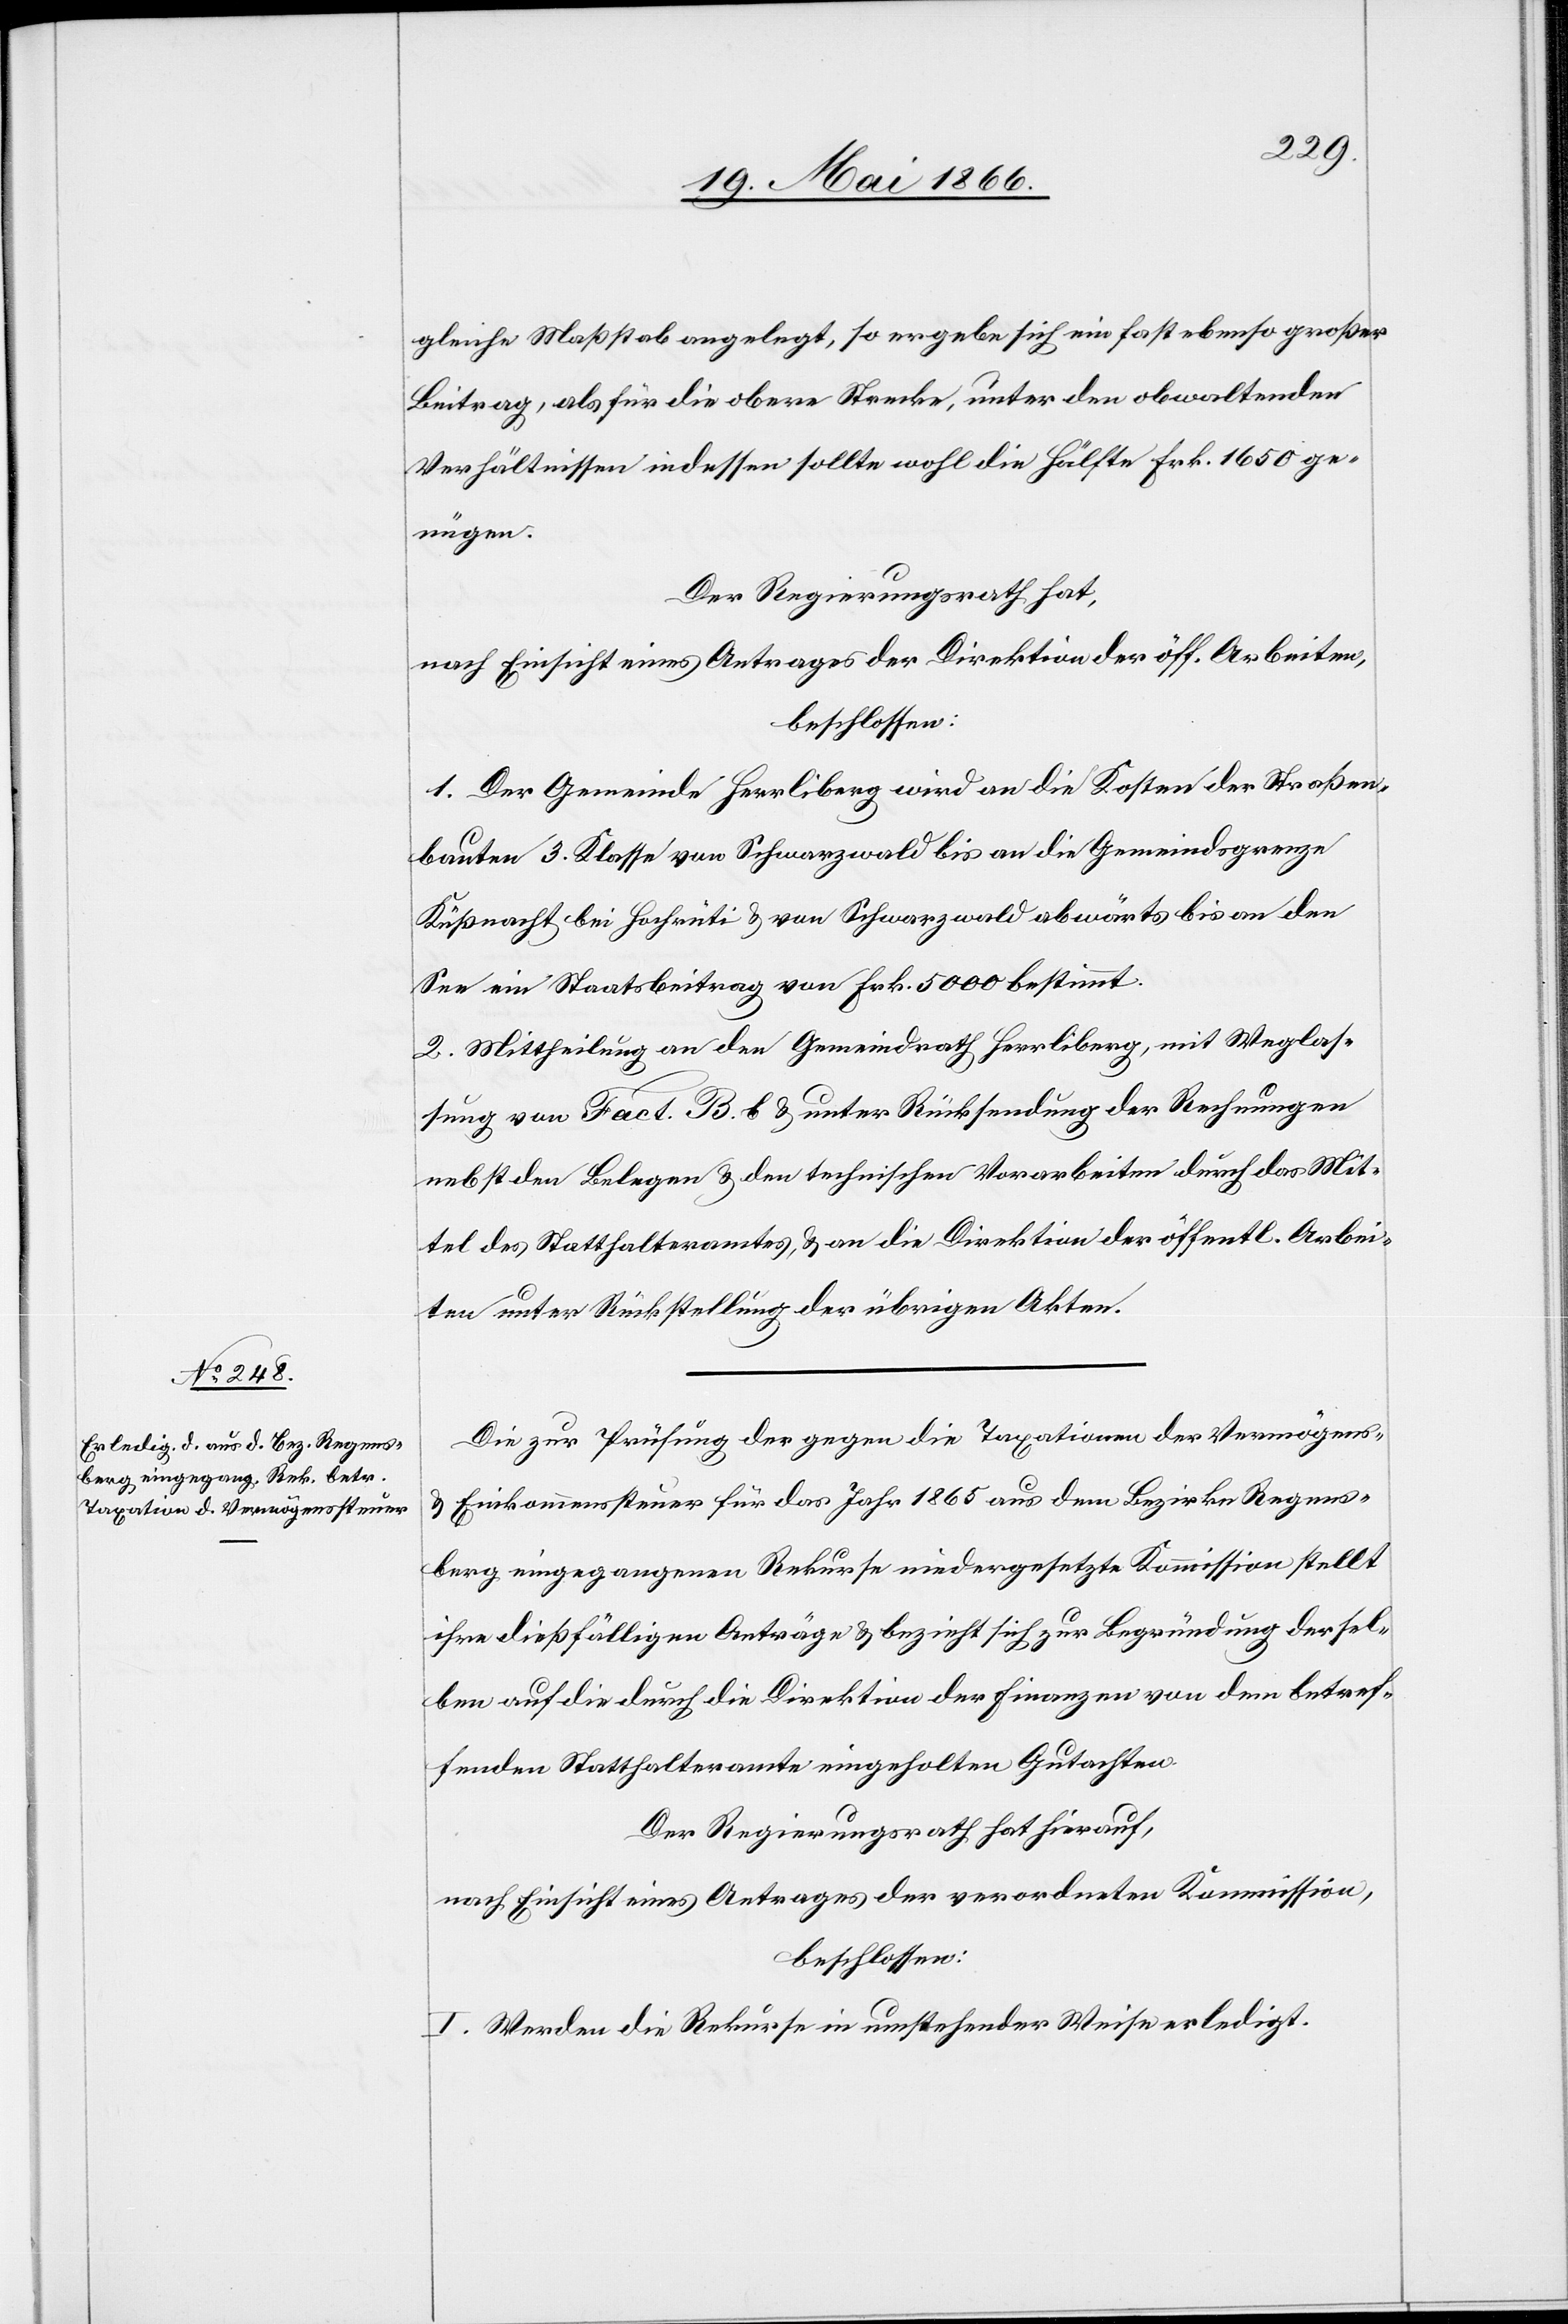
Die zur Prüfung der gegen die Taxation der Vermögens-
u. Einkommenssteuer für das Jahr 1865 aus dem Bezirke Regens¬
berg eingegangenen Rekurse niedergelegte Kommission stellt
ihre dießfälligen Anträge u. bezieht sich zur Begründung dersel¬
ben auf die durch die Direktion der Finanzen von dem betref¬
fenden Statthalteramte eingeholten Gutachten.
Der Regierungsrath hat hierauf,
nach Einsicht eines Antrages der verordneten Kommission,
beschlossen:
I. Werden die Rekurse in umstehender Weise erledigt.